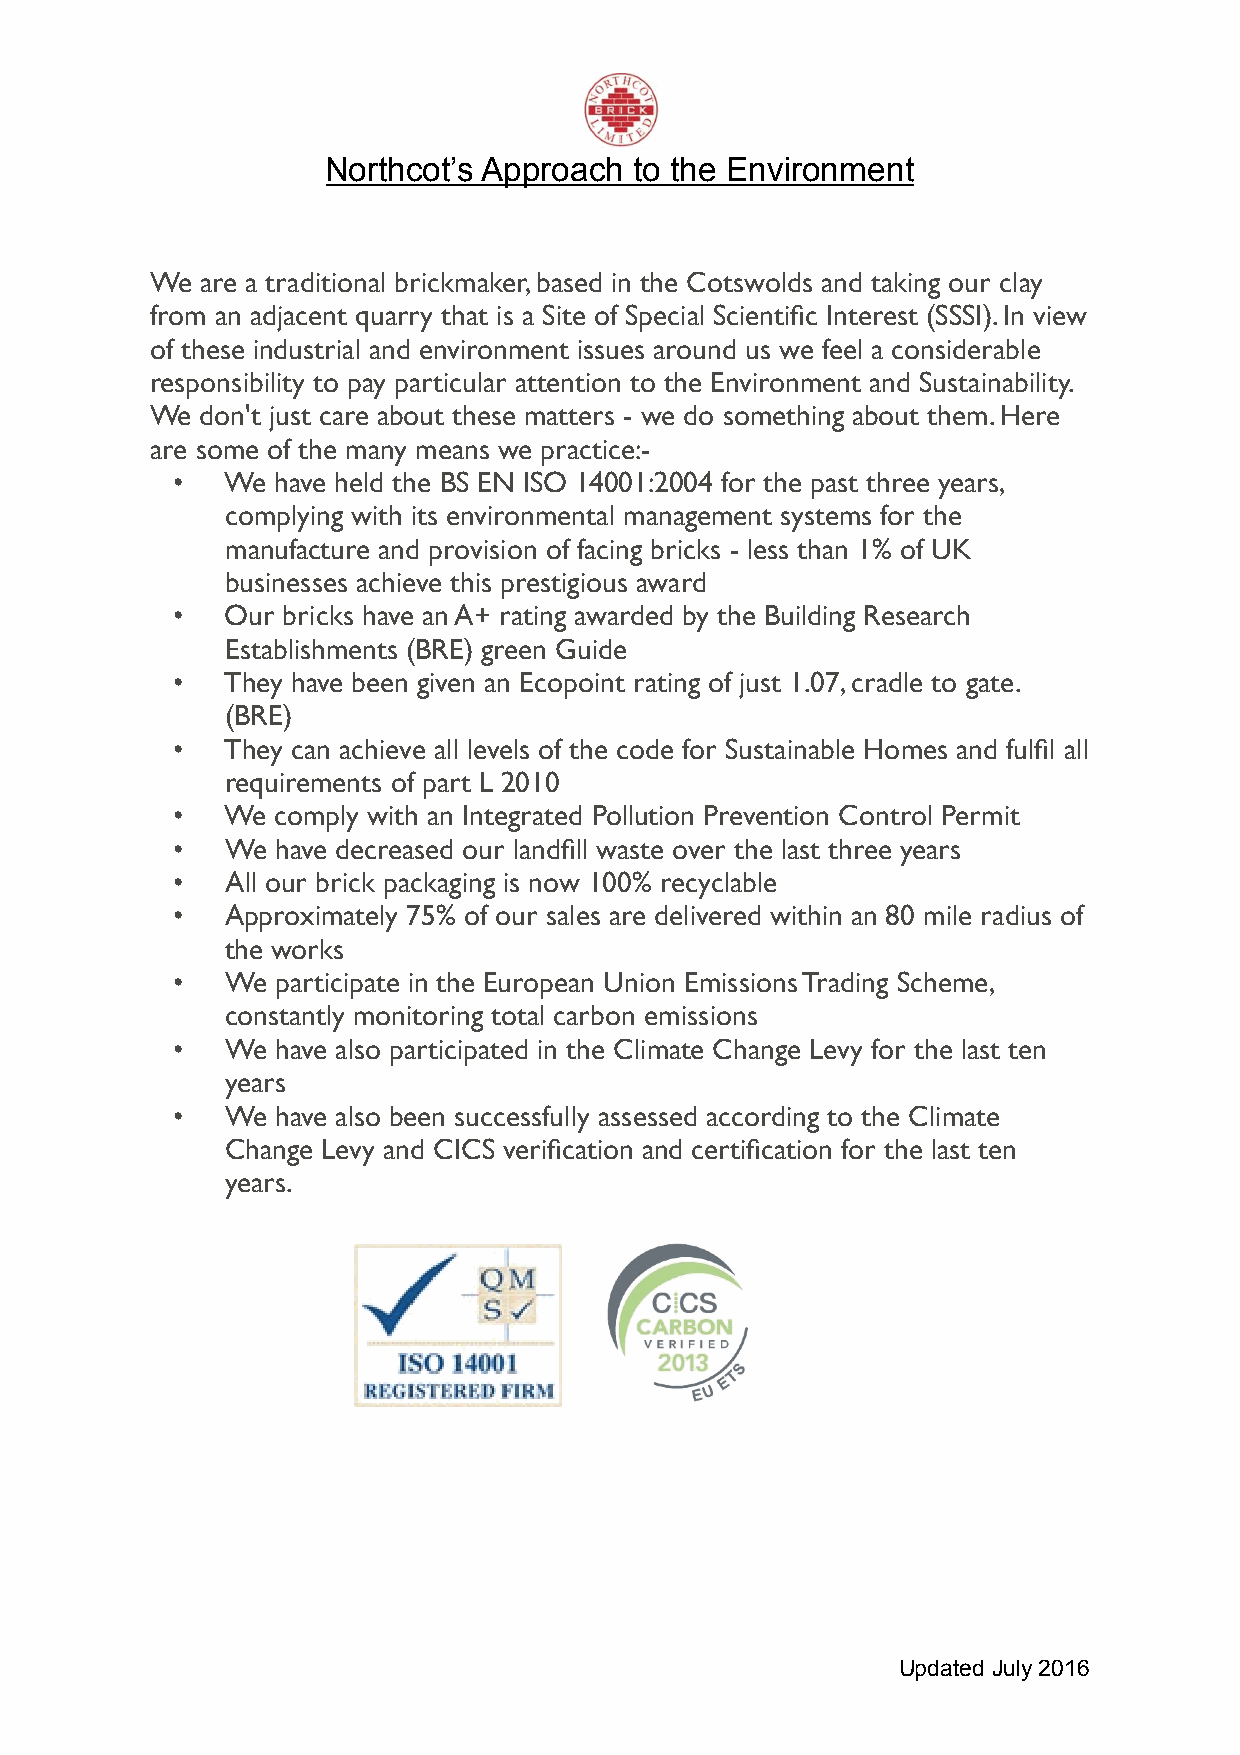
!
 Northcot’s Approach to the Environment
 We are a traditional brickmaker, based in the Cotswolds and taking our clay
 from an adjacent quarry that is a Site of Special Scientific Interest (SSSI). In view
 of these industrial and environment issues around us we feel a considerable
 responsibility to pay particular attention to the Environment and Sustainability.
 We don't just care about these matters - we do something about them. Here
 are some of the many means we practice:-
 •   We have held the BS EN ISO 14001:2004 for the past three years,
 complying with its environmental management systems for the
 manufacture and provision of facing bricks - less than 1% of UK
 businesses achieve this prestigious award
 •   Our bricks have an A+ rating awarded by the Building Research
 Establishments (BRE) green Guide
 •   They have been given an Ecopoint rating of just 1.07, cradle to gate.
 (BRE)
 •   They can achieve all levels of the code for Sustainable Homes and fulfil all
 requirements of part L 2010
 •   We comply with an Integrated Pollution Prevention Control Permit
 •   We have decreased our landfill waste over the last three years
 •   All our brick packaging is now 100% recyclable
 •   Approximately 75% of our sales are delivered within an 80 mile radius of
 the works
 •   We participate in the European Union Emissions Trading Scheme,
 constantly monitoring total carbon emissions
 •   We have also participated in the Climate Change Levy for the last ten
 years
 •   We have also been successfully assessed according to the Climate
 Change Levy and CICS verification and certification for the last ten
 years.
 !
 Updated July 2016